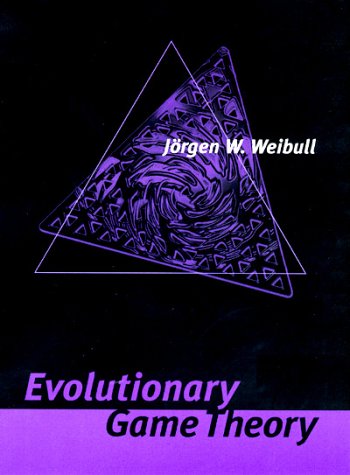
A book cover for Evolutionary Game Theory; Jorgen W. Weibull; Science & Math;